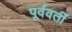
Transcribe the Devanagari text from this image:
पूर्ववर्तीं